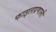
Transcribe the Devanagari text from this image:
फाइलप्रणाली